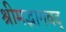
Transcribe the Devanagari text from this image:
श्रीमद्भागवद्